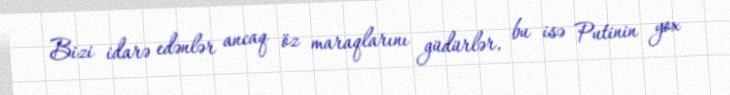
Bizi idarə edənlər ancaq öz maraqlarını güdürlər, bu isə Putinin yox